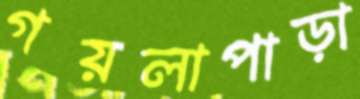
গয়লাপাড়া